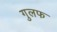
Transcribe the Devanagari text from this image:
गुलफ